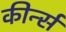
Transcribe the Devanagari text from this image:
कीर्न्स